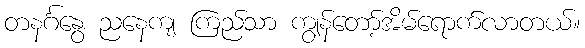
တနင်္ဂနွေ ညနေကျ ကြည်သာ ကျွန်တော့်အိမ်ရောက်လာတယ်။